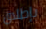
بإطلاق